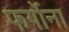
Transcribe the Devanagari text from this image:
फर्गोना